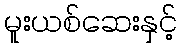
မူးယစ်ဆေးနှင့်